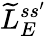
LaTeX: \widetilde L_{E}^{ss^{\prime}}